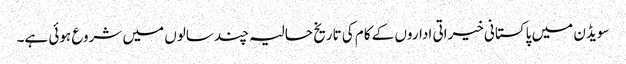
سویڈن میں پاکستانی خیراتی اداروں کے کام کی تاریخ حالیہ چند سالوں میں شروع ہوئی ہے۔